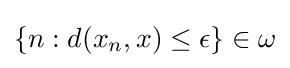
\{n:d(x_{n},x)\leq \epsilon \}\in \omega